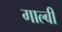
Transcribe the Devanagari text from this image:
गाल्बी